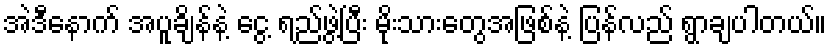
အဲဒီနောက် အပူချိန်နဲ့ ငွေ့ ရည်ဖွဲ့ပြီး မိုးသားတွေအဖြစ်နဲ့ ပြန်လည် ရွာချပါတယ်။